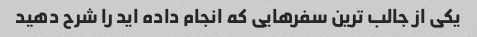
یکی از جالب ترین سفرهایی که انجام داده اید را شرح دهید